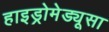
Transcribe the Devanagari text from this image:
हाइड्रोमेड्यूसा